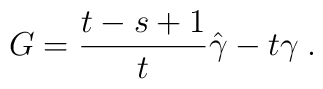
G = \frac{t-s+1}{t} \hat\gamma - t\gamma\;.